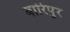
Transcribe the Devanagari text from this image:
बारिपुर